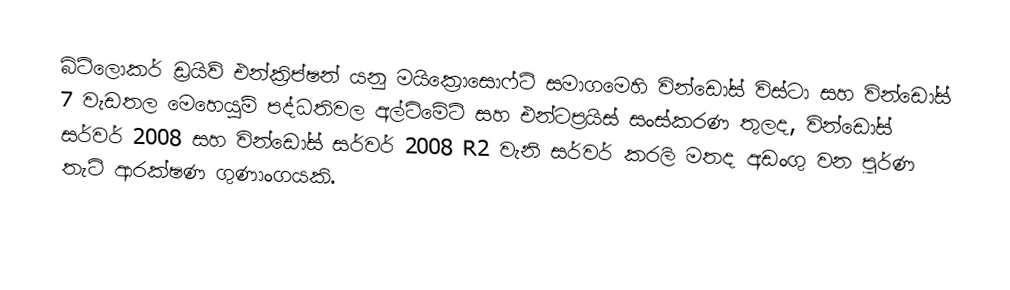
බිට්ලොකර් ඩ්‍ර‍යිව් එන්ක්‍රිප්ෂන් යනු මයික්‍රොසොෆ්ට් සමාගමෙහි වින්ඩෝස් විස්ටා සහ වින්ඩෝස් 7 වැඩතල මෙහෙයුම් පද්ධතිවල අල්ටිමේට් සහ එන්ටප්‍රයිස් සංස්කරණ තුලද, වින්ඩෝස් සර්වර් 2008 සහ වින්ඩෝස් සර්වර් 2008 R2 වැනි සර්වර් කරලි මතද අඩංගු වන පූර්ණ තැටි ආරක්ෂණ ගුණාංගයකි.